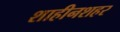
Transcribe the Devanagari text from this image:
शाहीनशहर